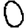
Digit: 0